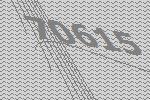
70615